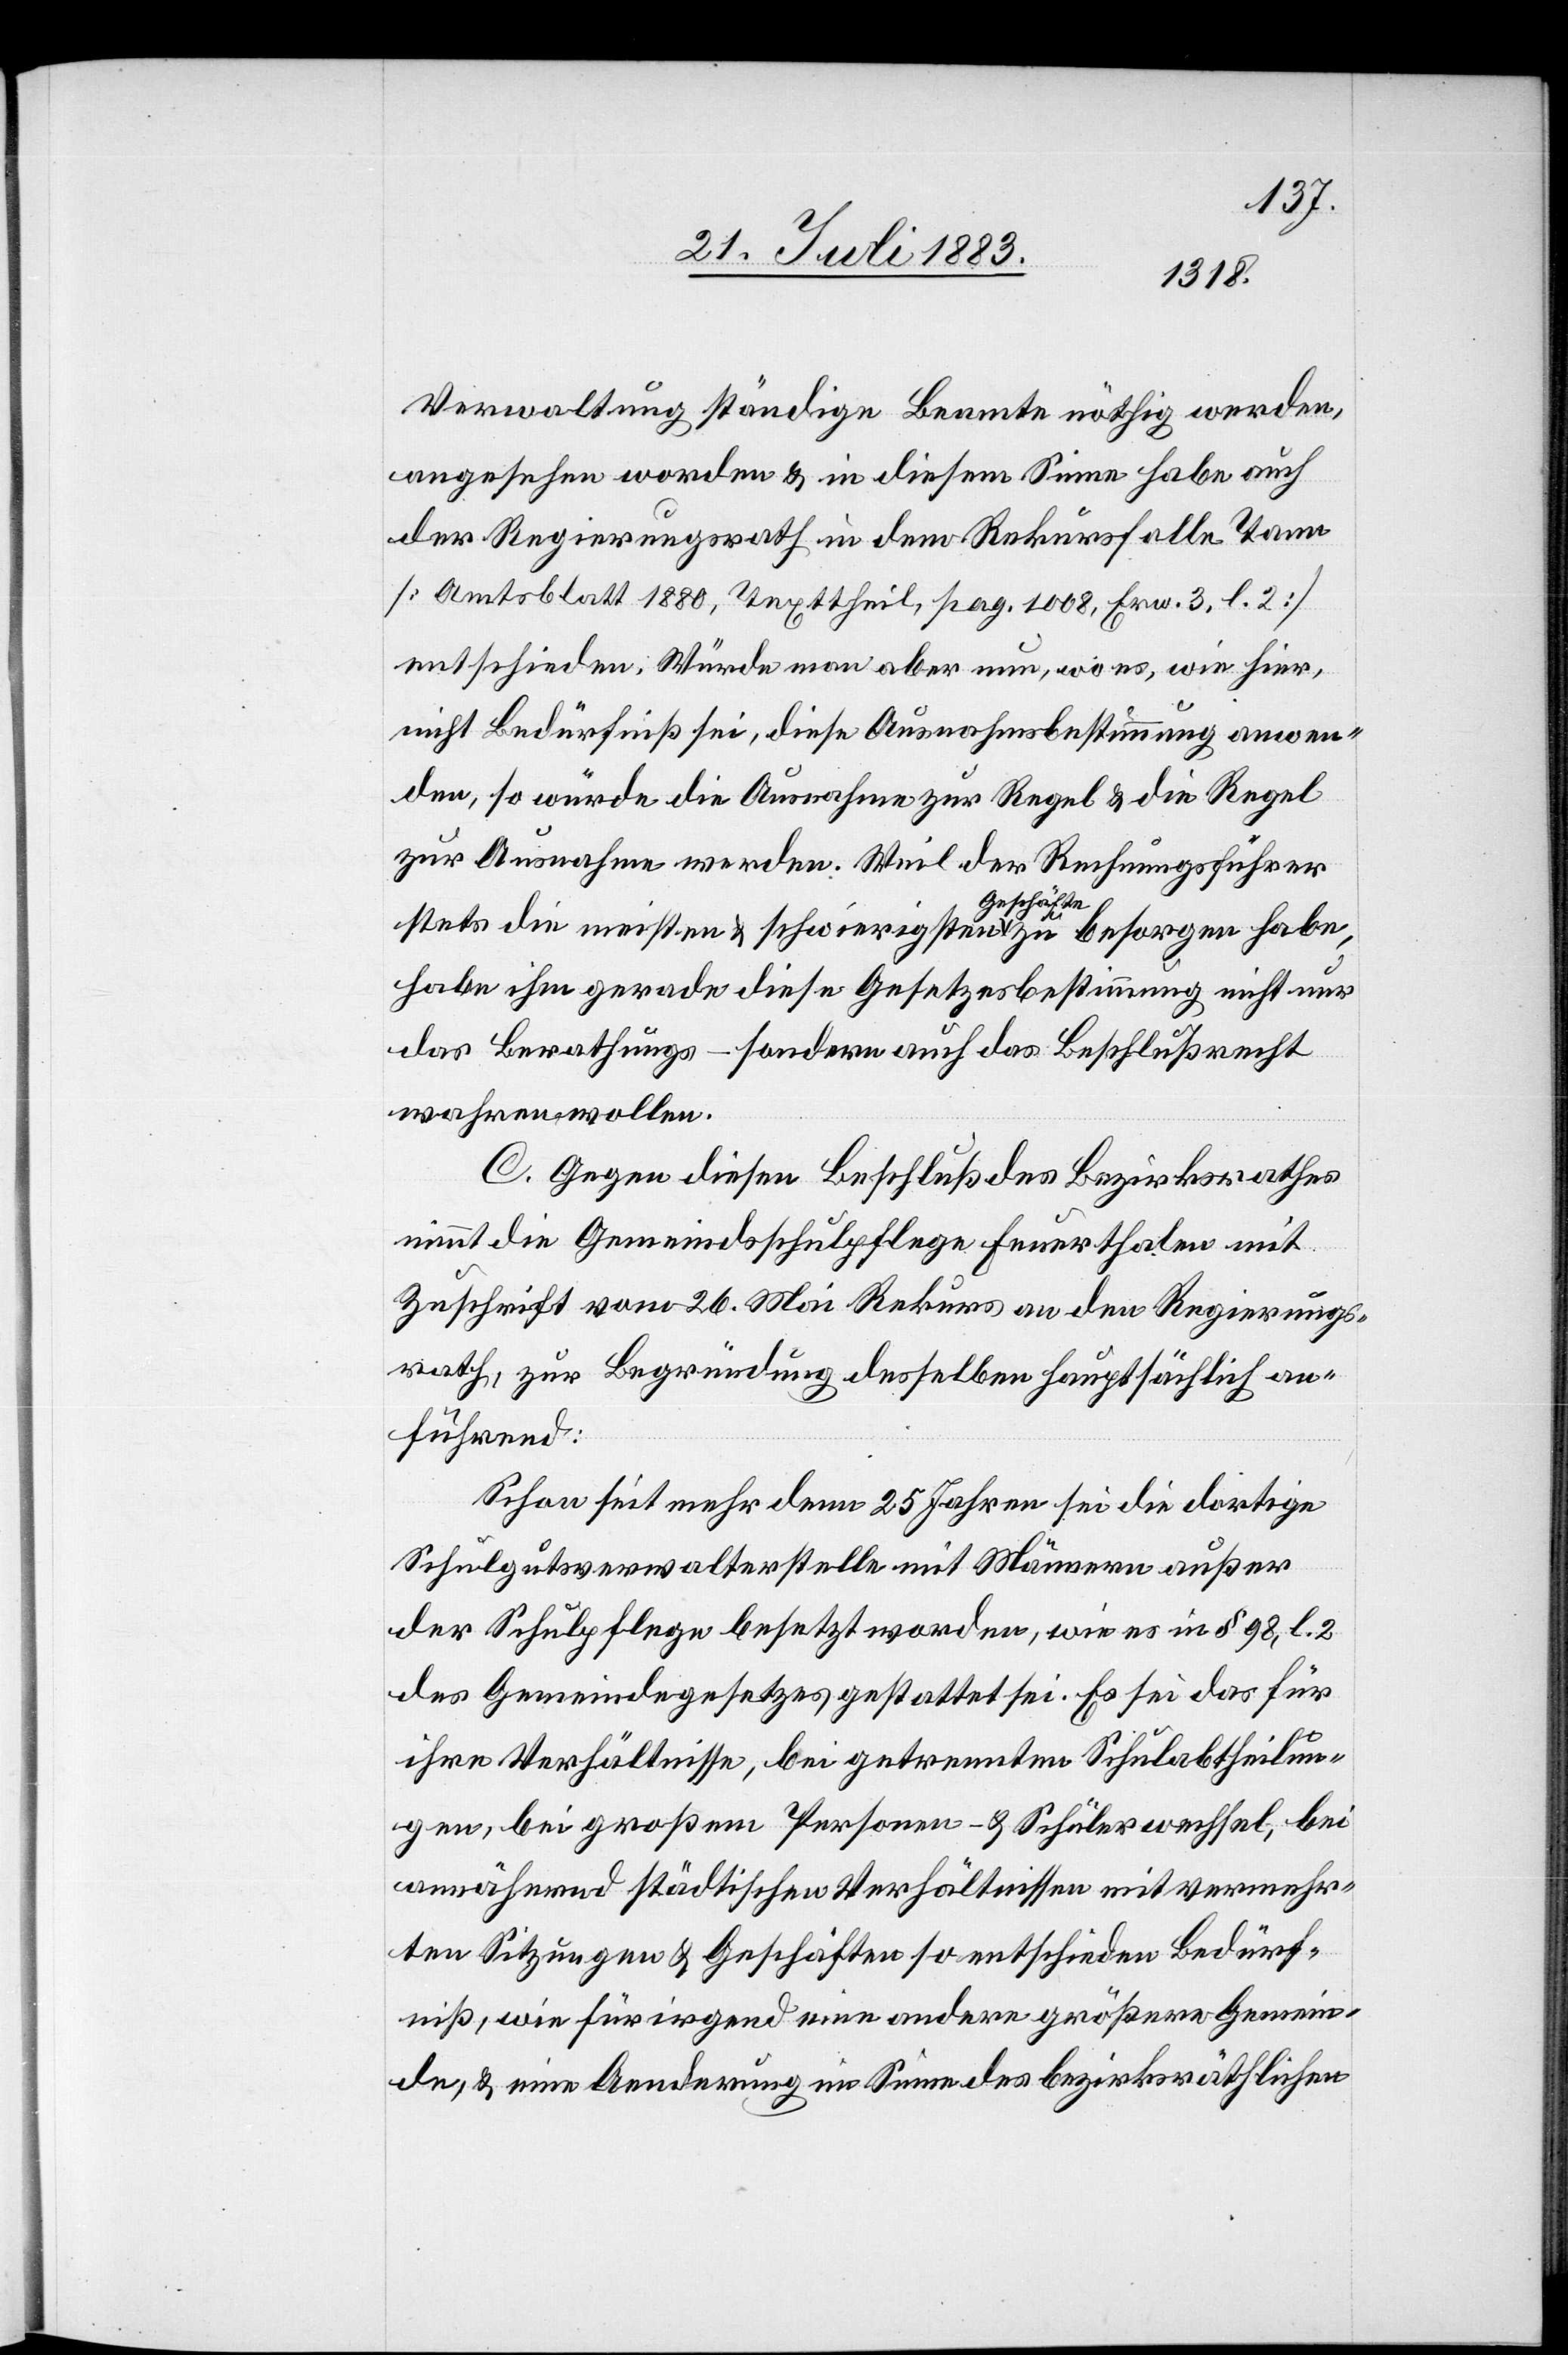
Verwaltung ständige Beamte nöthig werden,
angesehen worden & in diesem Sinne habe auch
der Regierungsrath in dem Rekursfalle Tann
[Amtsblatt 1880, Texttheil, pag. 1008, Erw. 3, l. 2]
entschieden. Würde man aber nun, wo es, wie hier,
nicht Bedürfniß sei, diese Ausnahmsbestimmung anwen¬
den, so würde die Ausnahme zur Regel & die Regel
zur Ausnahme werden. Weil der Rechnungsführer
stets die meisten & schwierigsten Geschäfte zu besorgen habe,
habe ihm gerade diese Gesetzesbestimmung nicht nur
das Berathungs- sondern auch das Beschlußrecht
wahren wollen.
C. Gegen diesen Beschluß des Bezirksrathes
nimmt die Gemeindeschulpflege Feuerthalen mit
Zuschrift vom 26. Mai Rekurs an den Regierungs¬
rath, zur Begründung desselben hauptsächlich an¬
führend:
Schon seit mehr denn 25 Jahren sei dortige
Schulgutsverwalterstelle mit Männern außer
der Schulpflege besetzt worden, wie es in § 98, l. 2
des Gemeindegesetzes gestattet sei. Es sei das für
ihre Verhältnisse, bei getrennten Schulabtheilun¬
gen, bei großem Personen- & Schülerwechsel, bei
annähernd städtischen Verhältnissen mit vermehr¬
ten Sitzungen & Geschäften so entschiedene Bedürf¬
niß, wie für irgend eine andere größere Gemein¬
de, & eine Aenderung im Sinne des bezirksräthlichen